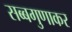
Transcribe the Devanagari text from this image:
सब्बगुणाकर